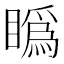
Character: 𥊪